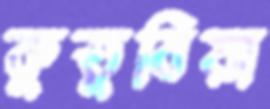
কুতুবিয়া